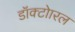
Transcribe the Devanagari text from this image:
डॉक्टोारल